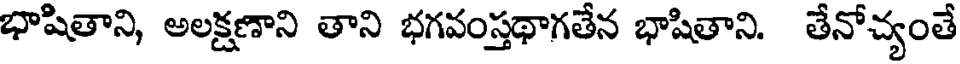
భాషితాని, అలక్షణాని తాని భగవంస్తథాగతేన భాషితాని. తేనోచ్యంతే